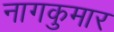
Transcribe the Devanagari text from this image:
नागकुमार